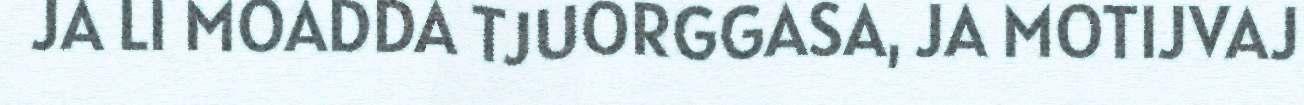
JA LI MOADDA TJUORGGASA, JA MOTIJVAJ